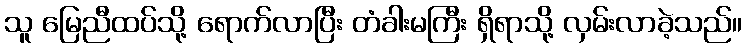
သူ မြေညီထပ်သို့ ရောက်လာပြီး တံခါးမကြီး ရှိရာသို့ လှမ်းလာခဲ့သည်။